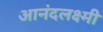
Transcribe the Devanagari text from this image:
आनंदलक्ष्मी